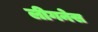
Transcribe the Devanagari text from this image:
लीगनेस